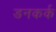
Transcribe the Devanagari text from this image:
डनकर्क